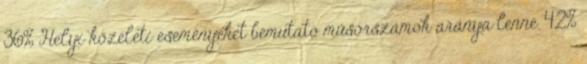
36% Helyi közéleti eseményeket bemutató műsorszámok aránya lenne. 42%